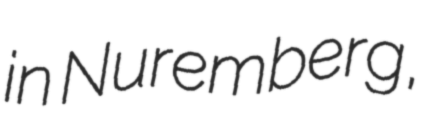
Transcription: in Nuremberg,